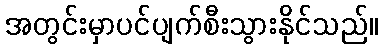
အတွင်းမှာပင်ပျက်စီးသွားနိုင်သည်။